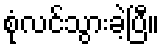
စုံလင်သွားခဲ့ပြီ။